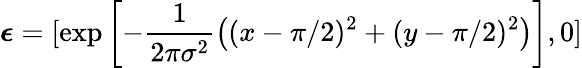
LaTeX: \boldsymbol{\epsilon}=[\exp\left[-\frac{1}{2\pi\sigma^{2}}\left((x-\pi/2)^{2}+(y-\pi/2)^{2}\right)\right],0]